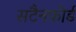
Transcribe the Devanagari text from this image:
सटैनफोर्ड